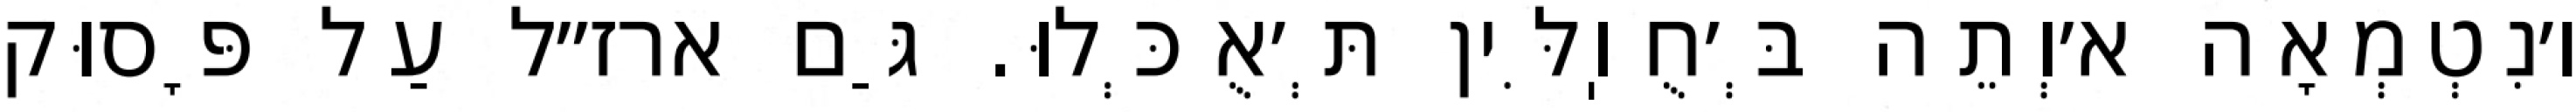
ו׳נִטְמְאָה א׳וְתֵה בְּ׳חֻוֽלִּין תְּ׳אֻכְּלוּ. גַּם ארז״ל עַל פָּסוּק